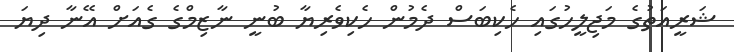
ޝަރީއަތުގެ މަޖިލީހުގައި ހެކިބަސް ދެމުން ހެކިވެރިޔާ ބުނީ ނާޒިމްގެ ގެއަށް އޭނާ ދިޔަ